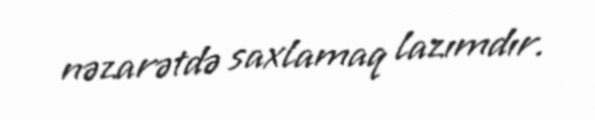
nəzarətdə saxlamaq lazımdır.